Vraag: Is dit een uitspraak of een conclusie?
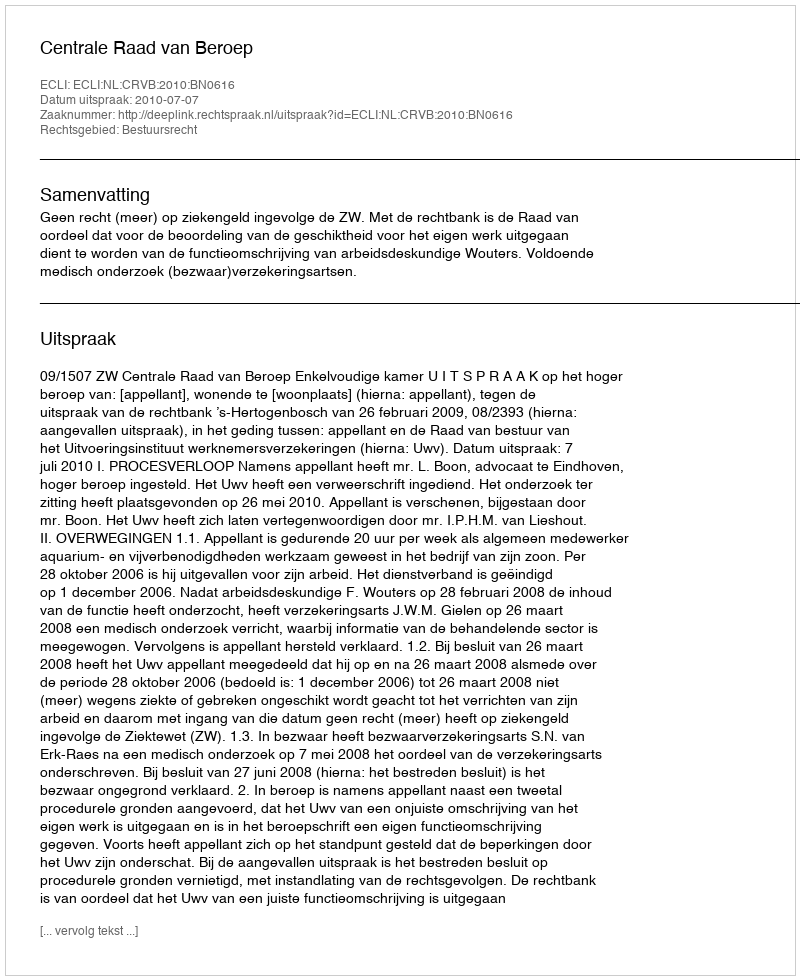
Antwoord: Uitspraak